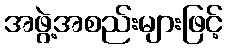
အဖွဲ့အစည်းများဖြင့်